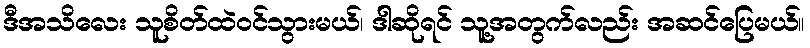
ဒီအသိလေး သူစိတ်ထဲဝင်သွားမယ်၊ ဒါဆိုရင် သူ့အတွက်လည်း အဆင်ပြေမယ်။